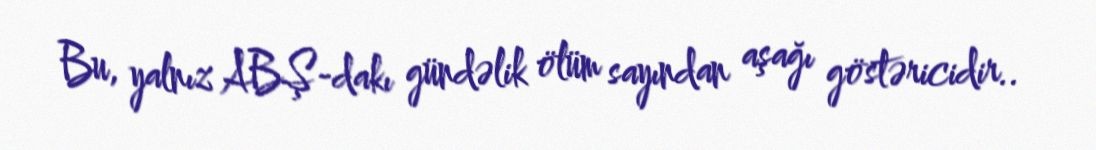
Bu, yalnız ABŞ-dakı gündəlik ölüm sayından aşağı göstəricidir..